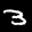
Label: 3